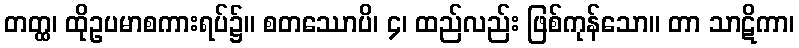
တတ္ထ၊ ထိုဥပမာစကားရပ်၌။ စတဿောပိ၊ ၄၊ ထည်လည်း ဖြစ်ကုန်သော။ တာ သာဋိကာ၊